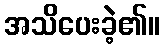
အသိပေးခဲ့၏။